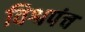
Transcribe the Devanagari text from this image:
विश्वपंच